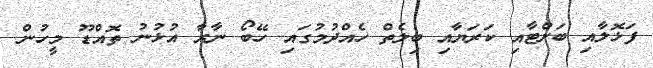
ފަޅޮލާއި ބަށްޓާއި ކަރަޔާއި ބިލެތް ހެއްދުމުގައި ހޭބޯ ނާރާ އުޅުނު ތޮއްޑޫ މީހުން